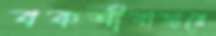
বকশীবাজারে